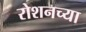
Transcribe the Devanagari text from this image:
रोशनच्या